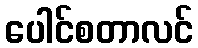
ပေါင်စတာလင်